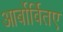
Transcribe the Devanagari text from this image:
आर्बोर्वितए